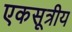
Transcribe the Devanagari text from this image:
एकसूत्रीय